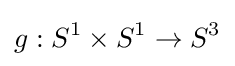
g:S^{1}\times S^{1}\to S^{3}